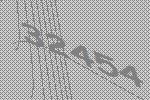
32454